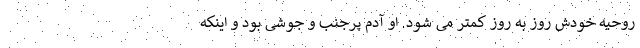
روحیه خودش روز به روز کمتر می شود. او آدم پرجنب و جوشی بود و اینکه